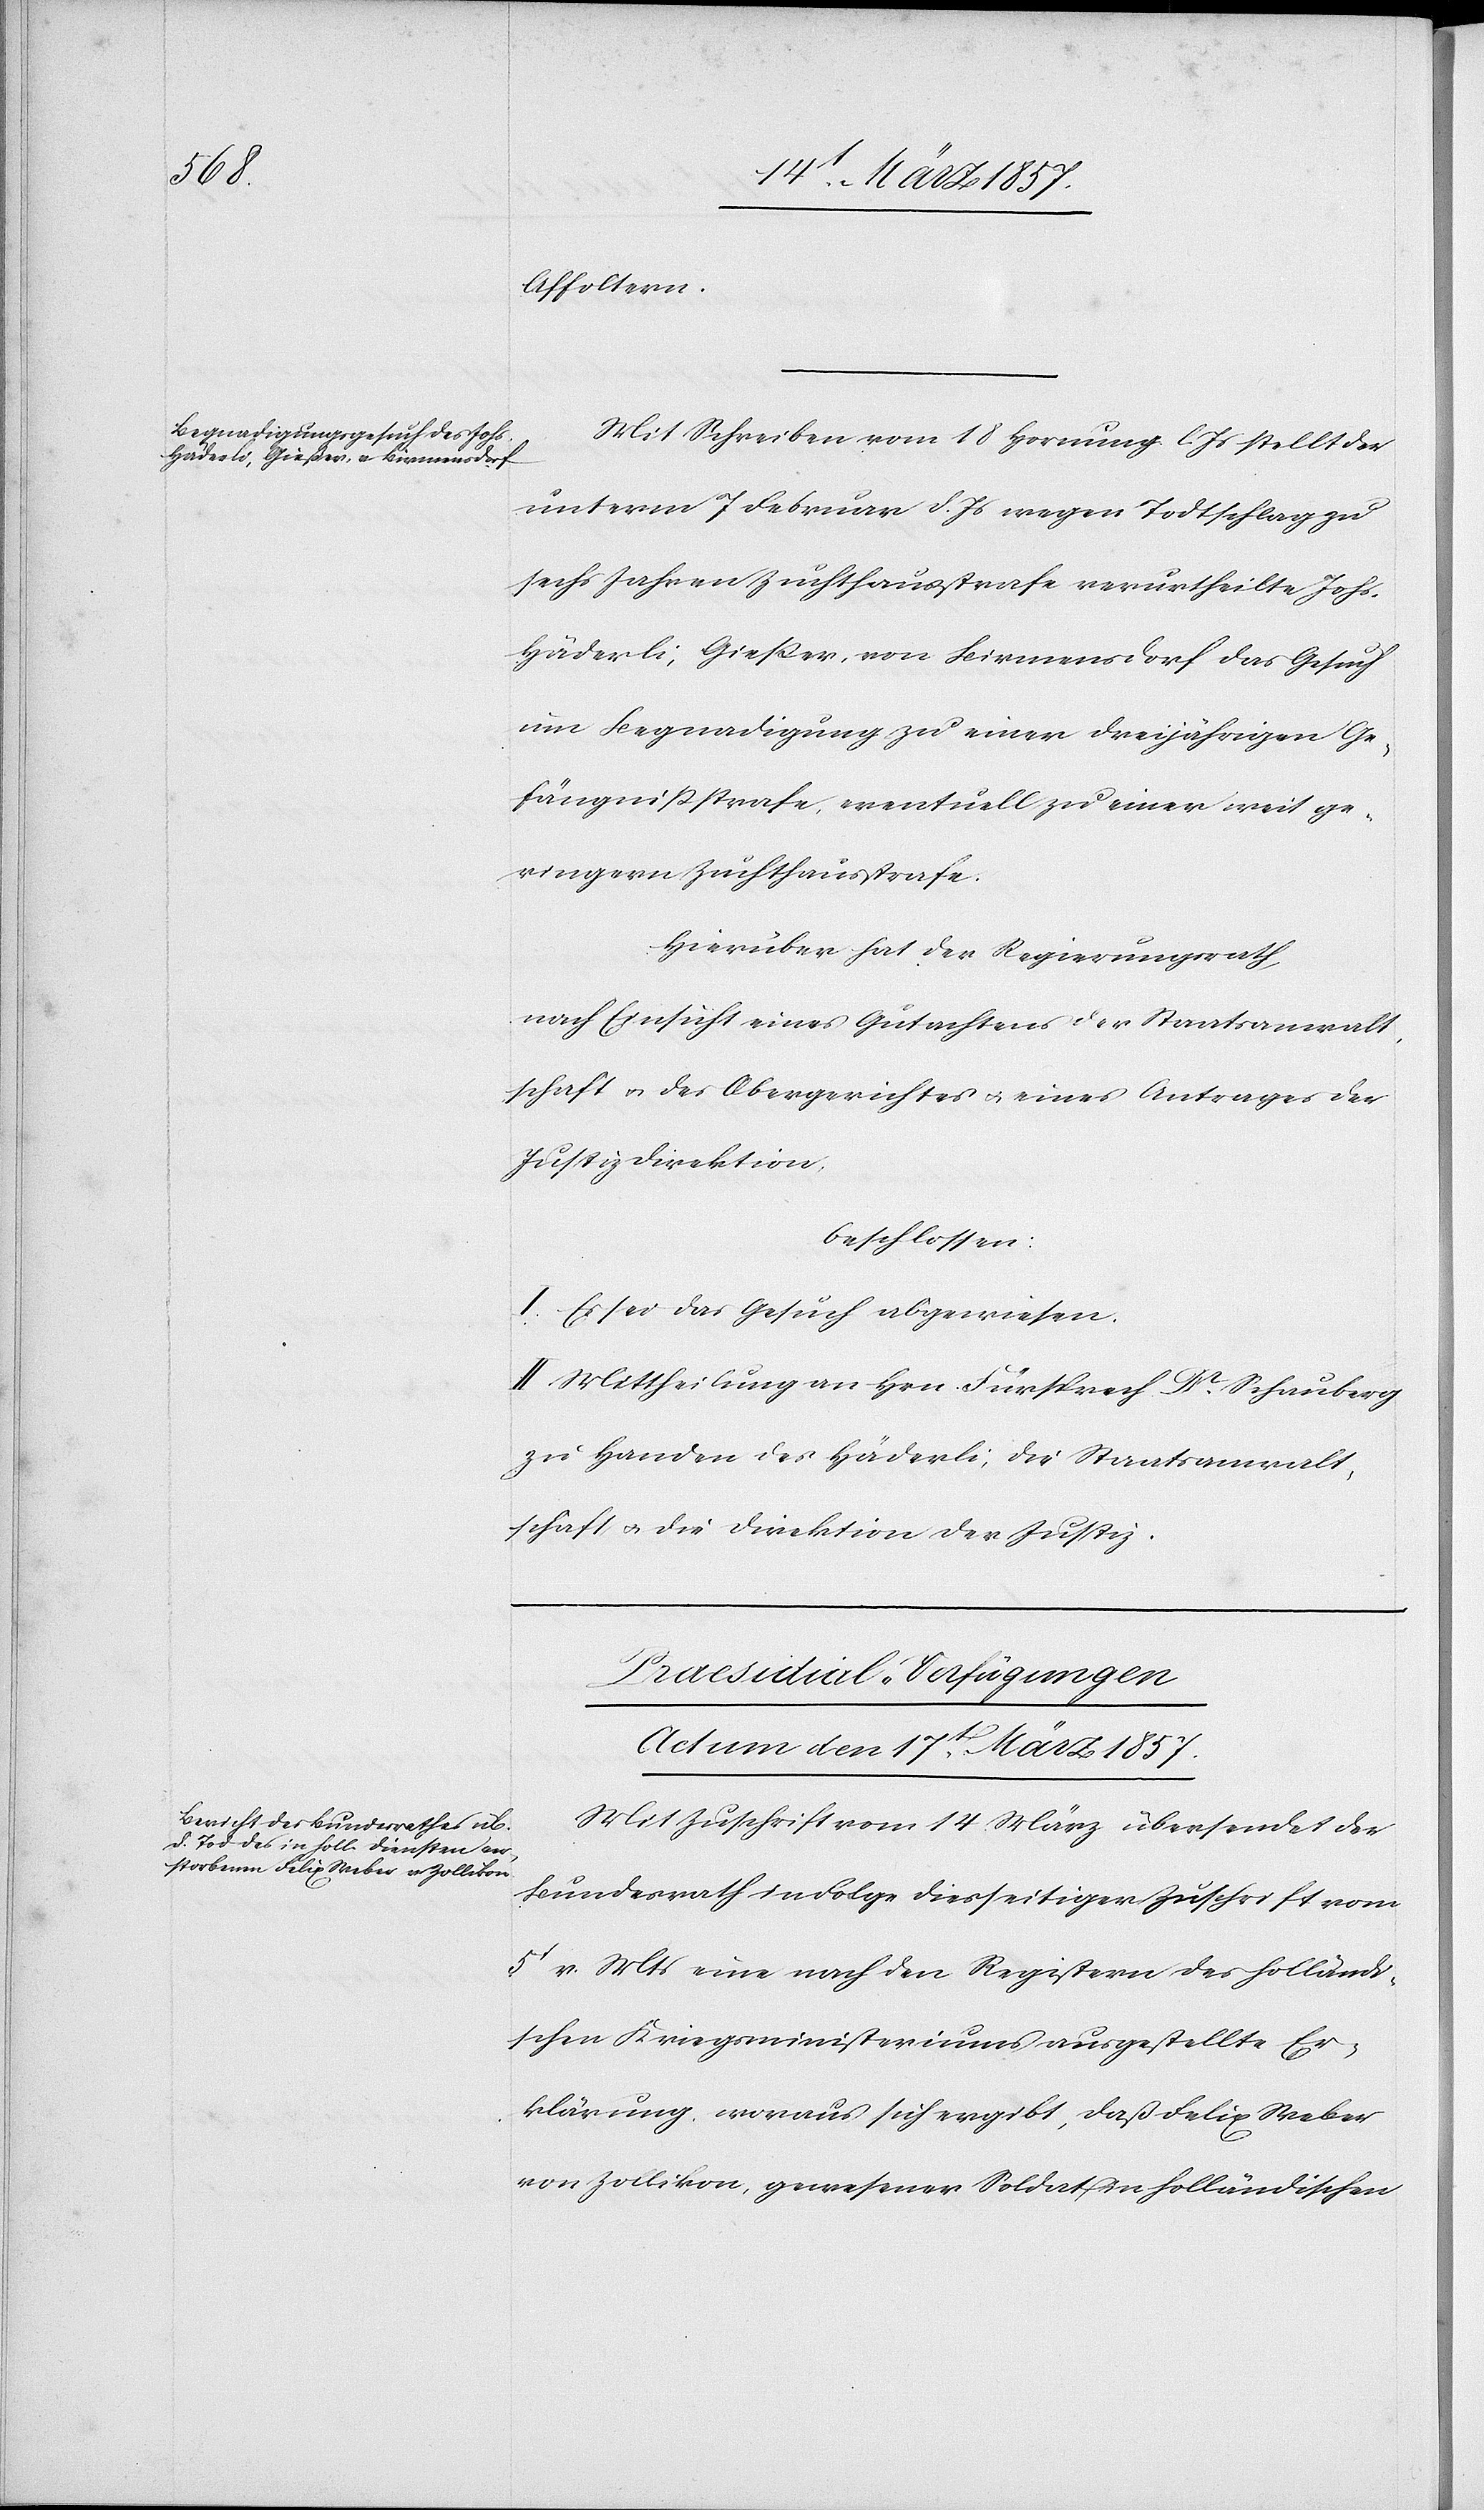
Affoltern.
Mit Schreiben vom 18 Hornung l. Js. stellt der
unterm 7 Februar d. Js wegen Todtschlag zu
sechs Jahren Zuchthausstrafe verurtheilte Johs.
Häderli, Gießer, von Birmensdorf das Gesuch
um Begnadigung zu einer dreijährigen Ge¬
fängnißstrafe, eventuell zu einer weit ge¬
ringern Zuchthausstrafe.
Hierüber hat der Regierungsrath,
nach Einsicht eines Gutachtens der Staatsanwalt¬
schaft u. des Obergerichtes u. eines Antrages der
Justizdirektion,
beschlossen:
I. Es sei das Gesuch abgewiesen.
II. Mittheilung an Hrn. Fürsprech Dr Schauberg
zu Handen des Häderli, die Staatsanwalt¬
schaft u. die Direktion der Justiz.
Praesidial-Verfügungen
Actum den 17t März 1857
Mit Zuschrift vom 14 März übersendet der
Bundesrath in Folge diesseitiger Zuschrift vom
5t v. Mts eine nach den Registern des holländi¬
schen Kriegministeriums ausgestellte Er¬
klärung, woraus sich ergibt, dass Felix Weber
von Zollikon, gewesener Soldat in holländischen